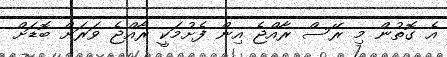
އެ ގޮތުން މި ރޭސް ރާއްޖެ އިން ފެށުމަކީ ރާއްޖެ ވަރަށް ބޮޑަށް